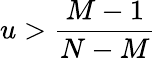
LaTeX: u>\frac{M-1}{N-M}